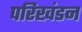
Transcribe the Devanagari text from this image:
परिखंडन